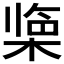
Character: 𪲹